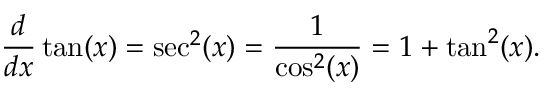
{ \frac { d } { d x } } \tan ( x ) = \sec ^ { 2 } ( x ) = { \frac { 1 } { \cos ^ { 2 } ( x ) } } = 1 + \tan ^ { 2 } ( x ) .